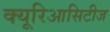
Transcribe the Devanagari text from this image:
क्यूरिआसिटीज